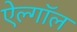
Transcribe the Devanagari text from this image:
ऐल्गॉल